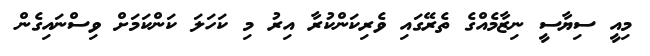
މިއީ ސިޔާސީ ނިޒާމެއްގެ ތެރޭގައި ވެރިކަންކުރާ އިރު މި ކަހަލަ ކަންކަމަށް ވިސްނައިގެން